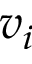
v _ { i }